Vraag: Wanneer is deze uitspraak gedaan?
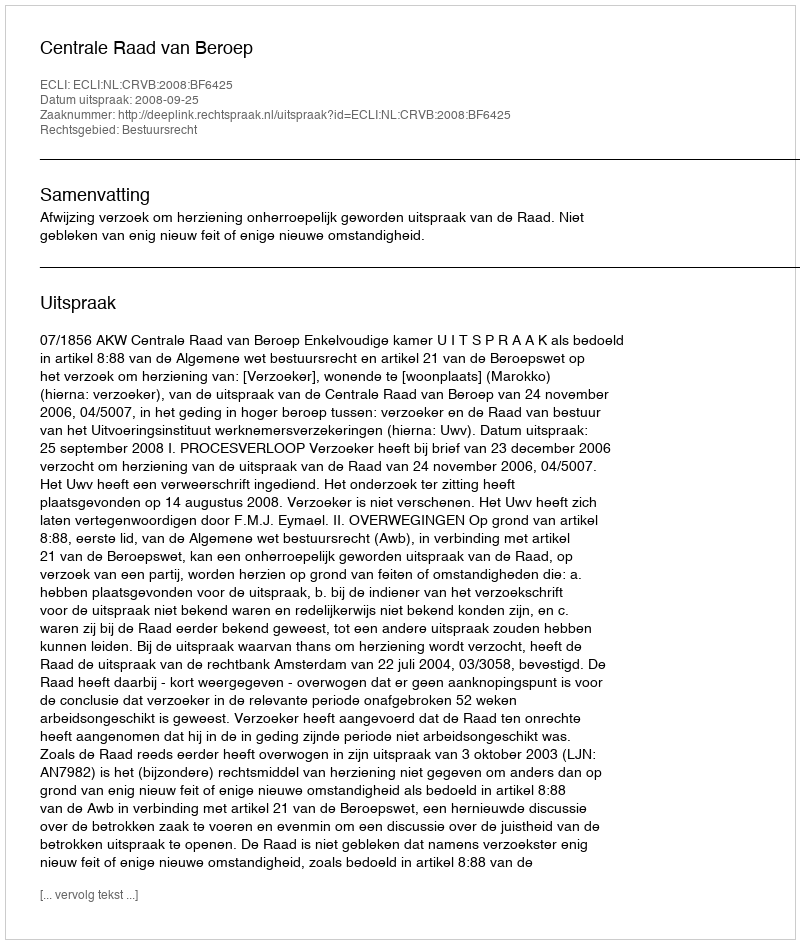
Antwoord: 2008-09-25